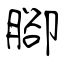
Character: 腳